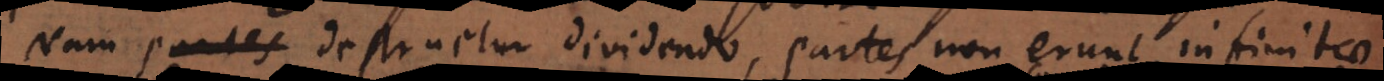
Nam destruetur dividendo, partes non erunt infinitae